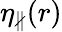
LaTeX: \eta_{\nparallel}(r)